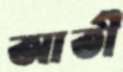
আতী